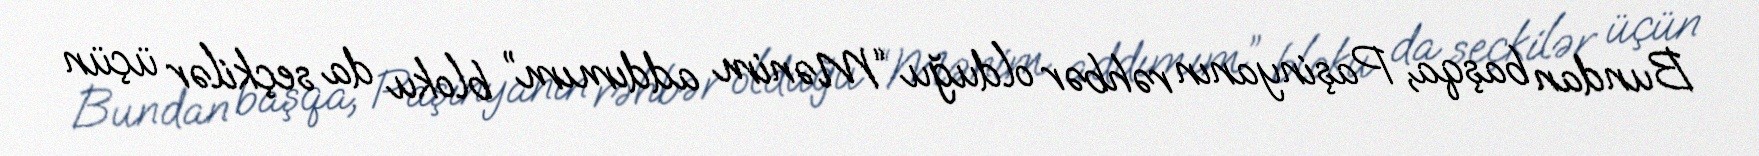
Bundan başqa, Paşinyanın rəhbər olduğu “Mənim addımım” bloku da seçkilər üçün